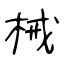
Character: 械